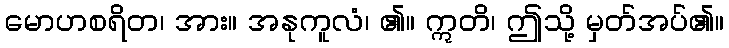
မောဟစရိတ၊ အား။ အနုကူလံ၊ ၏။ ဣတိ၊ ဤသို့ မှတ်အပ်၏။